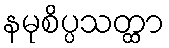
နမုစိပ္ပသတ္ထာ